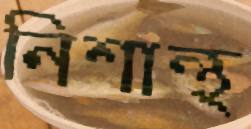
নিশান্থ